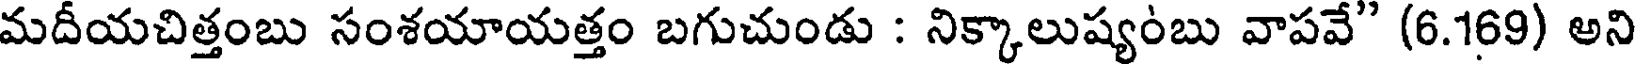
మదీయచిత్తంబు సంశయాయత్తం బగుచుండు : నిక్కాలుష్యంబు వాపవే" (6.169) అని